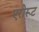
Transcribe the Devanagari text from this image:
एरोरूट